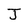
Character: J